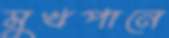
মুখপানে